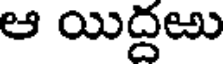
ఆ యిద్దఱు